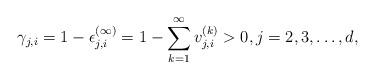
LaTeX: \begin{align*} \gamma_{j,i} = 1 - \epsilon_{j,i}^{(\infty)} = 1 - \sum_{k=1}^\infty v_{j,i}^{(k)} > 0, j=2,3,\ldots,d,\end{align*}